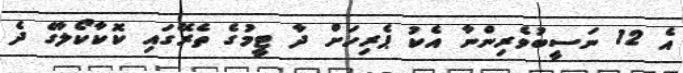
އެ 12 ނަސީބުވެރިންނާ އެކު ޕެރިހަށް ދާ ޓީމުގެ ތެރޭގައި ކޮކާކޯލާގެ ދެ